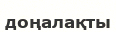
доңалақты